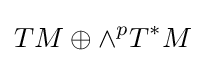
TM\oplus \wedge ^{p}T^{*}M